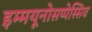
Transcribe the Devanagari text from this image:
इम्मयूनोसप्पेस्सिव